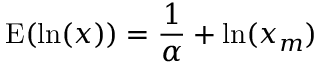
\operatorname { E } ( \ln ( x ) ) = { \frac { 1 } { \alpha } } + \ln ( x _ { m } )